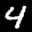
Label: 4